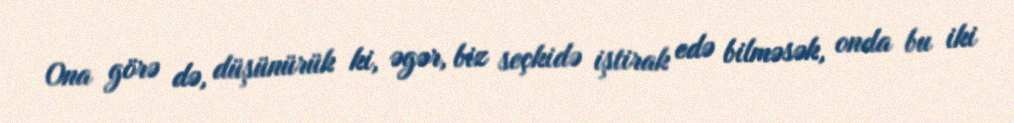
Ona görə də, düşünürük ki, əgər, biz seçkidə iştirak edə bilməsək, onda bu iki